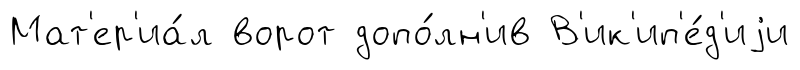
Мат'ер'иа́л ворот допо́лн'ив В'ик'ип'е́д'иjи